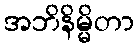
အဘိနိမ္မိတာ